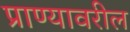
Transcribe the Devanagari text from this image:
प्राण्यावरील